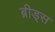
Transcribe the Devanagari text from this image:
ब्रीड्स